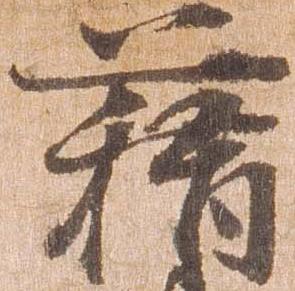
藉